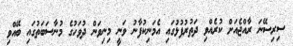
ސިރިސޭނަ ރާއްޖެއަށް ކުރެއްވި ދަތުރުފުޅުގައި އެމަނިކުފާނު ވަނީ މިނިވަން ދުވަހުގެ މުނާސަބަތުގައި ބޭއްވި